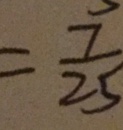
= \frac { 7 } { 2 5 }